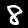
Digit: 8